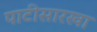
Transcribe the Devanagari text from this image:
पाटीसारखा